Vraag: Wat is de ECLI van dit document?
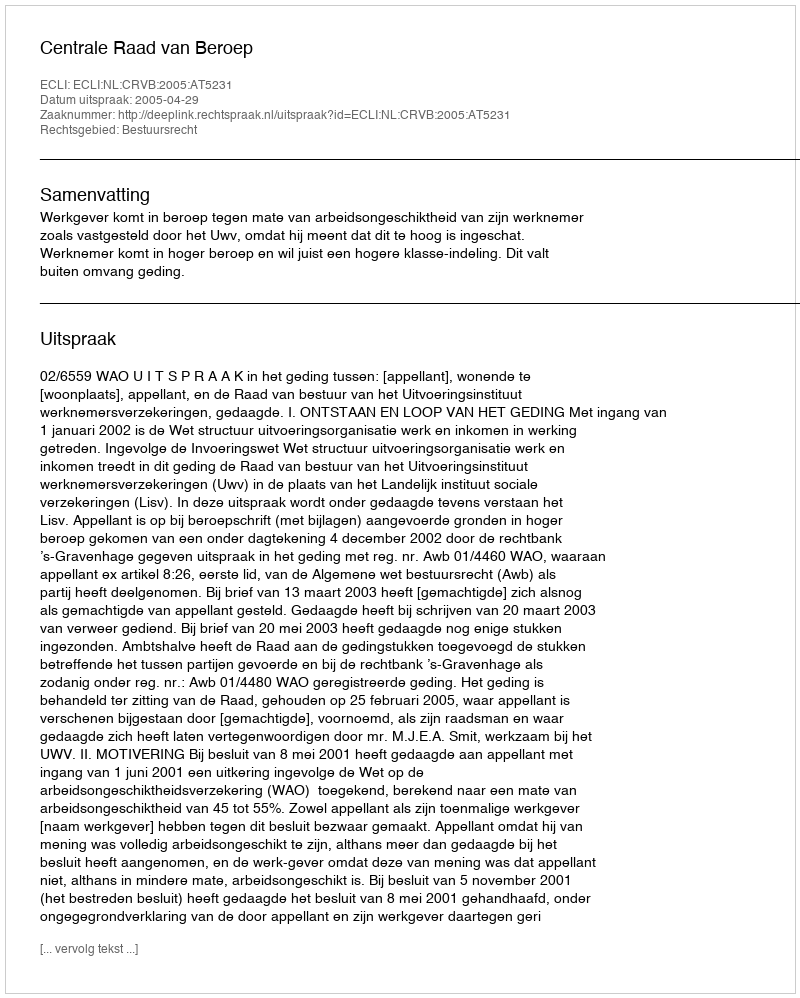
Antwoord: ECLI:NL:CRVB:2005:AT5231